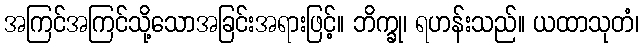
အကြင်အကြင်သို့သောအခြင်းအရားဖြင့်။ ဘိက္ခု၊ ရဟန်းသည်။ ယထာသုတံ၊